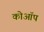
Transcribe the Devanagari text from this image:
कोऑप